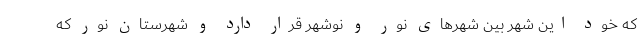
که خود این شهر بین شهرهای نور و نوشهر قرار دارد و شهرستان نور که